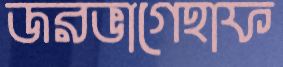
জরভাগেহাফ